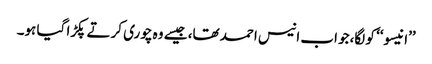
’’انیسو‘‘ کو لگا،جو اب انیس احمد تھا، جیسے وہ چوری کرتے پکڑا گیا ہو۔